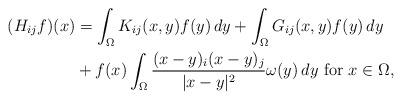
LaTeX: \begin{align*}(H_{ij} f)(x)&=\int_{\Omega}K_{ij}(x,y)f(y)\,dy+\int_{\Omega}G_{ij}(x,y)f(y)\,dy\\&+f(x)\int_\Omega\frac{(x-y)_i(x-y)_j}{|x-y|^2}\omega(y)\,dy\,\, \hbox{for $x \in \Omega$,}\end{align*}